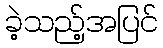
ခဲ့သည့်အပြင်